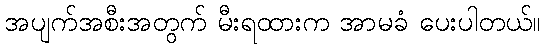
အပျက်အစီးအတွက် မီးရထားက အာမခံ ပေးပါတယ်။